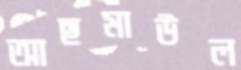
আছমাউল